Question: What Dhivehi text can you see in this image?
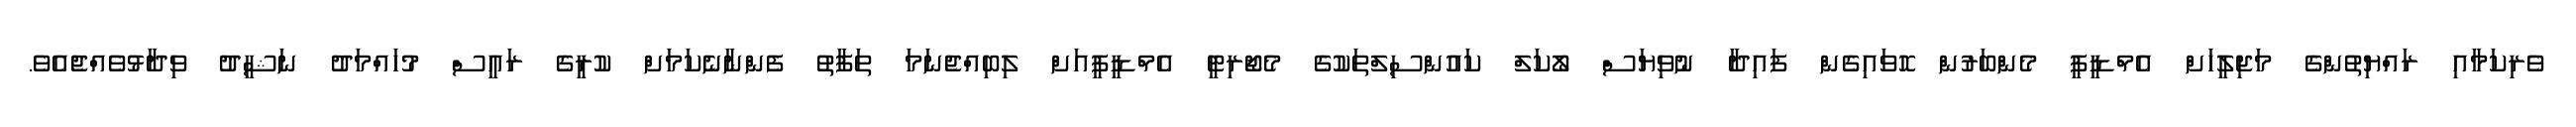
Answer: ވެރިކަމާއި ރައްޔިތުންގެ މަޖިލީހަށް އެމްޑީޕީ މެންބަރުން ހޮވައިގެން ފައިދާ ނުވިޔަސް ލޯކަލް ކައުންސިލްތަކުގެ މެޖޯރިޓީ އެމްޑީޕީއަށް ލިބިއްޖެނަމަ ތަފާތު ފެންނާނެކަމަށް ކުރީގެ ރައީސް މުހައްމަދު ނަޝީދު ވިދާޅުވެއްޖެއެވެ.